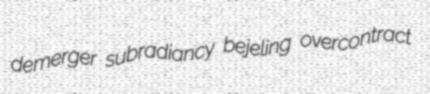
demerger subradiancy bejeling overcontract